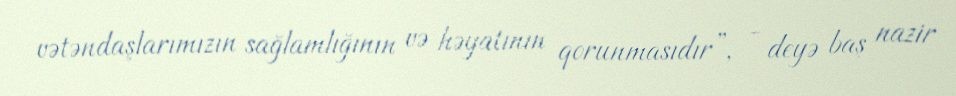
vətəndaşlarımızın sağlamlığının və həyatının qorunmasıdır”, - deyə baş nazir